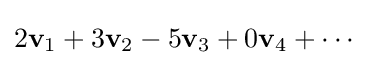
2\mathbf {v} _{1}+3\mathbf {v} _{2}-5\mathbf {v} _{3}+0\mathbf {v} _{4}+\cdots